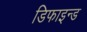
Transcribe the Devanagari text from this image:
डिफाइन्ड